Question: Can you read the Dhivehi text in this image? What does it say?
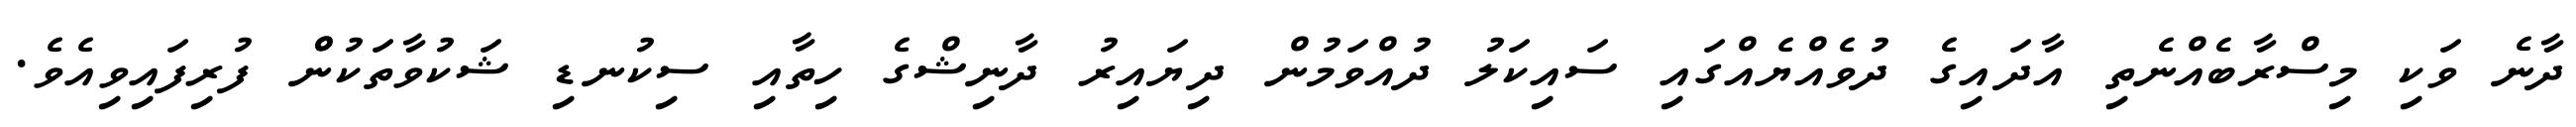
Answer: ދާނެ ވަކި މިސްރާބެއްނެތި އާދައިގެ ދުވެއްޔެއްގައި ސައިކަލު ދުއްވަމުން ދިޔައިރު ދާނިޝްގެ ހިތާއި ސިކުނޑި ޝަކުވާތަކުންް ފުރިފައިވިއެވެ.